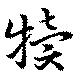
犢